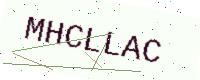
Text: MHCLLAC